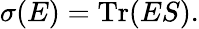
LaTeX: \sigma(E)=\operatorname{Tr}(ES).